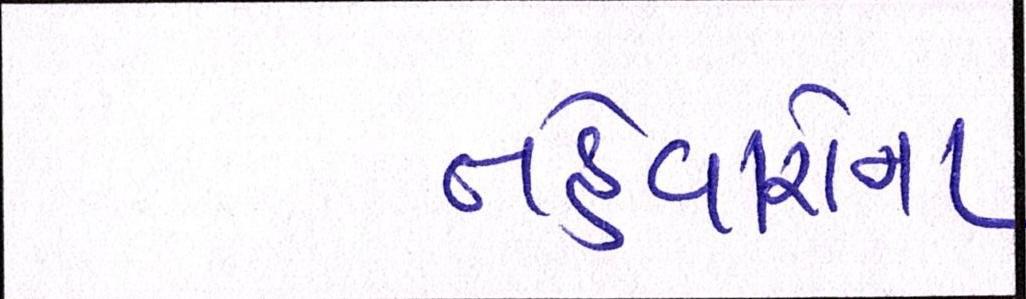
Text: તહેવારોના